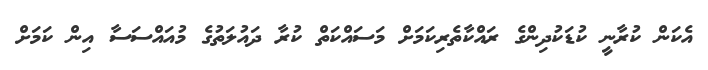
އެކަން ކުރާނީ ކުޑަކުދިންގެ ރައްކާތެރިކަމަށް މަސައްކަތް ކުރާ ދައުލަތުގެ މުއައްސަސާ އިން ކަމަށް